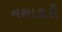
નશાકારી